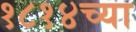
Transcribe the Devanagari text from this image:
१८१४च्या